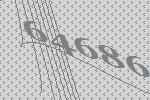
64686